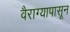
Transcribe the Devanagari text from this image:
वैराग्यापासून